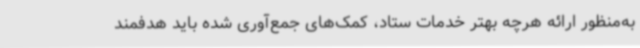
به‌منظور ارائه هرچه بهتر خدمات ستاد، کمک‌های جمع‌آوری شده باید هدفمند